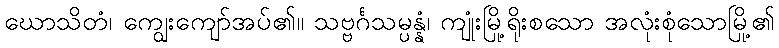
ဃောသိတံ၊ ကျွေးကျော်အပ်၏။ သဗ္ဗင်္ဂသမ္ပန္နံ၊ ကျုံးမြို့ရိုးစသော အလုံးစုံသောမြို့၏